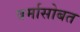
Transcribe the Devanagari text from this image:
वर्मासोबत